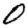
Digit: 0